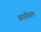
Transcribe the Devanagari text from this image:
अपनीचरम